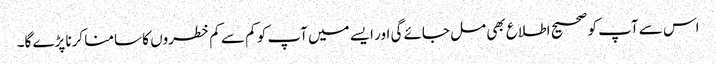
اس سے آپ کو صحیح اطلاع بھی مل جائے گی اور ایسے میں آپ کو کم سے کم خطروں کا سامنا کرنا پڑے گا۔